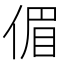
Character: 𠋥